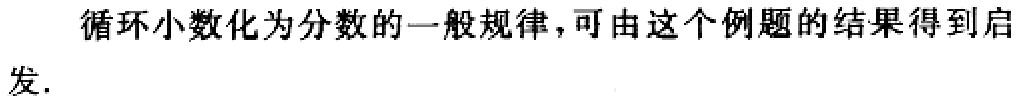
循环小数化为分数的一般规律，可由这个例题的结果得到启发.